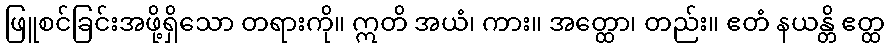
ဖြူစင်ခြင်းအဖို့ရှိသော တရားကို။ ဣတိ အယံ၊ ကား။ အတ္ထော၊ တည်း။ ဧတံ နယန္တိ ဧတ္ထ